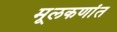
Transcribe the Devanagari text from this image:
मूलकणांत